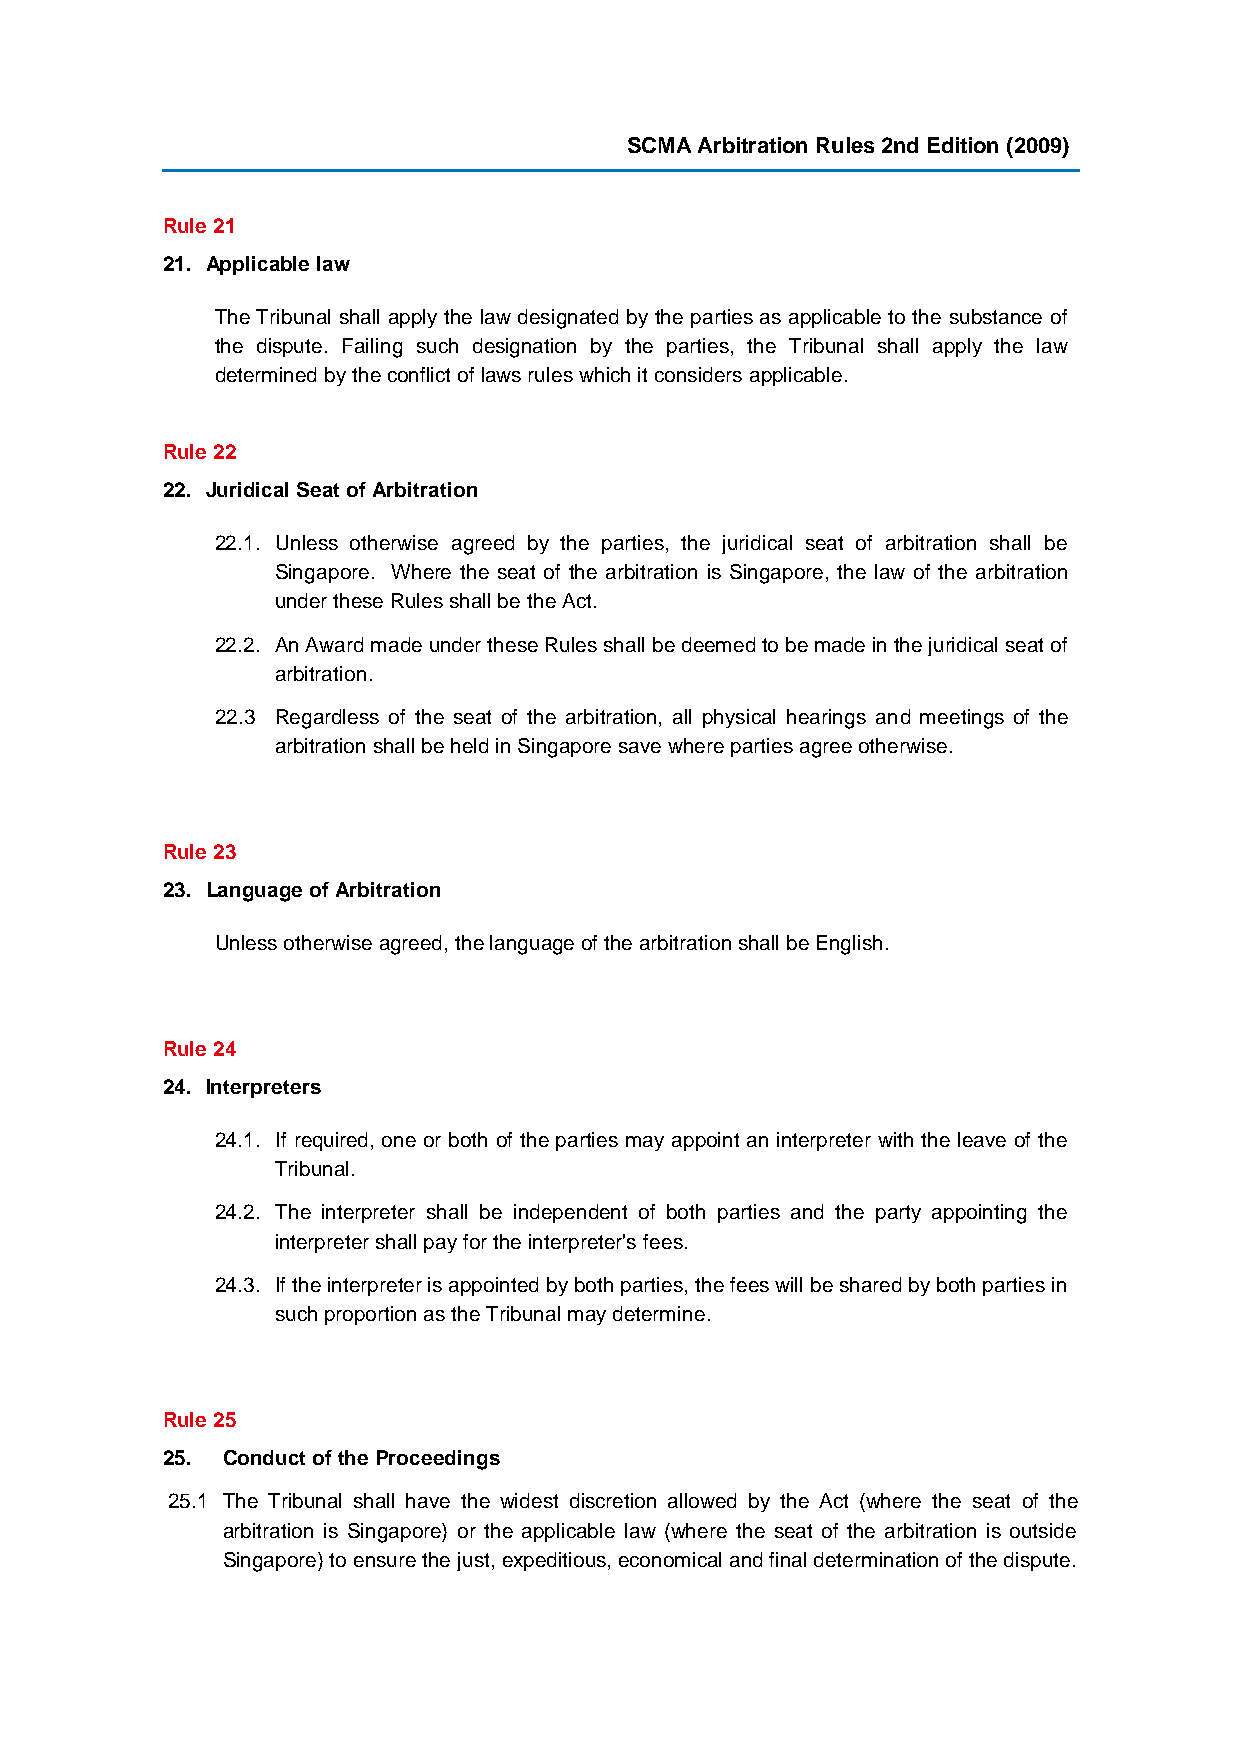
SCMA Arbitration Rules 2nd Edition (2009)
 Rule 21
 21. Applicable law
 The Tribunal shall apply the law designated by the parties as applicable to the substance of
 the dispute. Failing such designation by the parties, the Tribunal shall apply the law
 determined by the conflict of laws rules which it considers applicable.
 Rule 22
 22. Juridical Seat of Arbitration
 22.1. Unless otherwise agreed by the parties, the juridical seat of arbitration shall be
 Singapore. Where the seat of the arbitration is Singapore, the law of the arbitration
 under these Rules shall be the Act.
 22.2. An Award made under these Rules shall be deemed to be made in the juridical seat of
 arbitration.
 22.3 Regardless of the seat of the arbitration, all physical hearings and meetings of the
 arbitration shall be held in Singapore save where parties agree otherwise.
 Rule 23
 23. Language of Arbitration
 Unless otherwise agreed, the language of the arbitration shall be English.
 Rule 24
 24. Interpreters
 24.1. If required, one or both of the parties may appoint an interpreter with the leave of the
 Tribunal.
 24.2. The interpreter shall be independent of both parties and the party appointing the
 interpreter shall pay for the interpreter's fees.
 24.3. If the interpreter is appointed by both parties, the fees will be shared by both parties in
 such proportion as the Tribunal may determine.
 Rule 25
 25. Conduct of the Proceedings
 25.1 The Tribunal shall have the widest discretion allowed by the Act (where the seat of the
 arbitration is Singapore) or the applicable law (where the seat of the arbitration is outside
 Singapore) to ensure the just, expeditious, economical and final determination of the dispute.